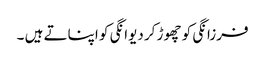
فرزانگی کو چھوڑ کر دیوانگی کو اپناتے ہیں ۔